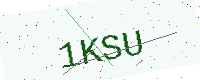
Text: 1KSU